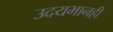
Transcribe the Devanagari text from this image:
उदयभानही